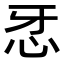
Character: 𢗬